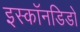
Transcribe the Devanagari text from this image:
इस्कॉनडिडो